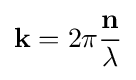
\mathbf {k} =2\pi {\frac {\mathbf {n} }{\lambda }}